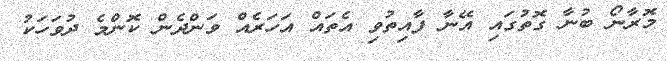
މޮރާނޯ ބުނާ ގޮތުގައި އޭނާ ފާއިތުވި އެތައް އަހަރެއް ވަންދެން ކޮންމެ ދުވަހަކު